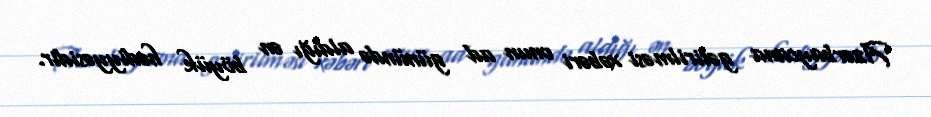
Azərbaycana gətirilməsi xəbəri onun ad günündə aldığı ən böyük hədiyyəsidir.